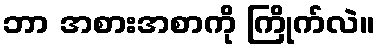
ဘာ အစားအစာကို ကြိုက်လဲ။